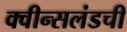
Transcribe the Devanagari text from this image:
क्वीन्सलंडची